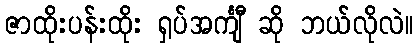
ဇာထိုးပန်းထိုး ရှပ်အင်္ကျီ ဆို ဘယ်လိုလဲ။